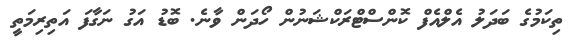
ތިކަމުގެ ބަދަލު އެލްއެފް ކޮންސްޓްރަކްޝަނުން ހޯދަން ވާނެ. ބޮޑު އަގު ނަގާފަ އަތިރިމަތީ